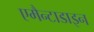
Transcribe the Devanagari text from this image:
एमैन्टाडाइन